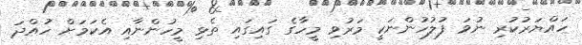
ހައްޔަރުކުރި ނުވަ ފުލުހުންނަކީ މަރުވި މީހާގެ ގައިގައި ތެޅި މީހުންނާއި އެކަމަށް ހުއްދަ